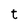
Character: t